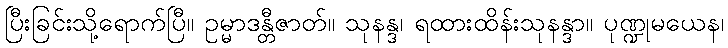
ပြီးခြင်းသို့ရောက်ပြီ။ ဥမ္မာဒန္တီဇာတ်။ သုနန္ဒ၊ ရထားထိန်းသုနန္ဒာ။ ပုဏ္ဍုမယေန၊